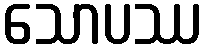
သောပဿ